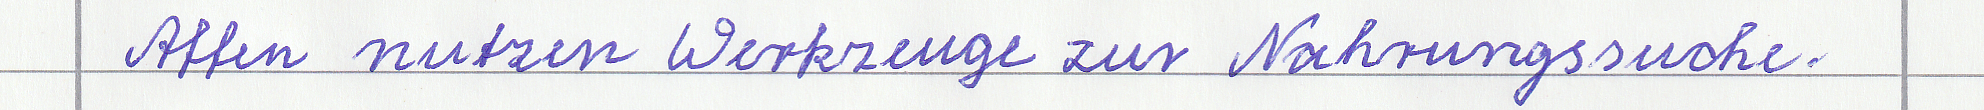
Affen nutzen Werkzeuge zur Nachrungssuche.